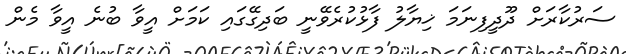
ސަރުކާރަށް ދޫދީފިނަމަ ޚިޔާލު ފާޅުކުރެވޭނީ ބަދިގޭގައި ކަމަށް އީވާ ބުނެ އީވާ މެން